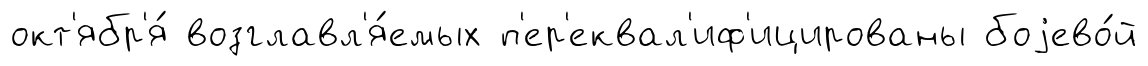
окт'ябр'я́ возглавл'я́емых п'ер'еквал'иф'ицированы боjево́й